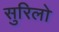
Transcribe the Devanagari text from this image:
सुरिलो